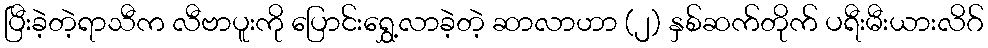
ပြီးခဲ့တဲ့ရာသီက လီဗာပူးကို ပြောင်းရွှေ့လာခဲ့တဲ့ ဆာလာဟာ (၂) နှစ်ဆက်တိုက် ပရီးမီးယားလိဂ်